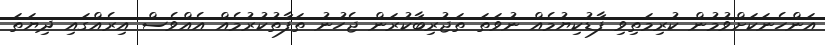
އަންހެނަކަށްވުމުން ކުރިމަތިވި ފާޑުކިޔުމެއް ނުވަތަ ތަޖުރިބާކުރަން ޖެހުނު ތަފާތުކުރުމެއް އެއްވެސް އިރެއްގައި ދިޔަތަ